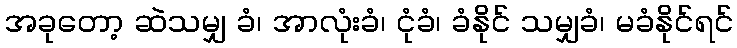
အခုတော့ ဆဲသမျှ ခံ၊ အာလုံးခံ၊ ငုံခံ၊ ခံနိုင် သမျှခံ၊ မခံနိုင်ရင်